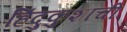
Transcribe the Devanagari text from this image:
हिंदुकुशाची